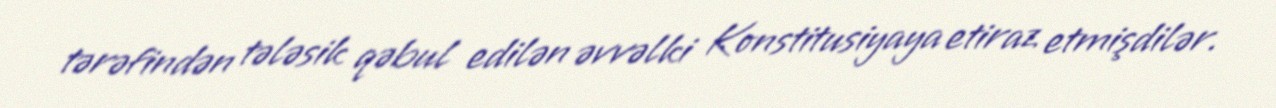
tərəfindən tələsik qəbul edilən əvvəlki Konstitusiyaya etiraz etmişdilər.